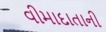
વીમાદાતાની